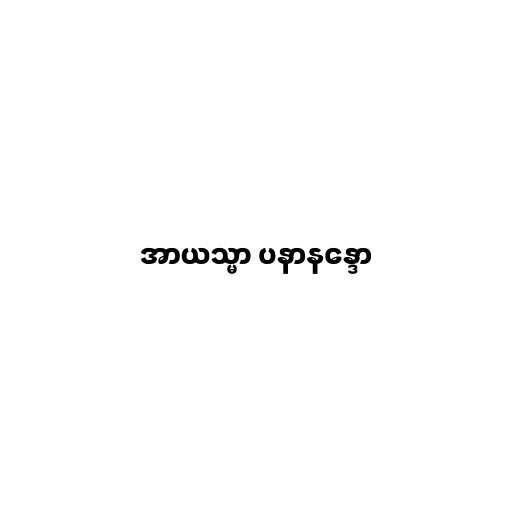
အာယသ္မာ ပနာနန္ဒော